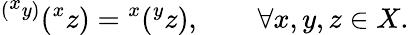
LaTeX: {}^{({}^{\scriptstyle x}y)}({}^{x}z)={}^{x}({}^{y}z),\qquad\forall x,y,z\in X.